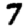
Digit: 7